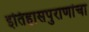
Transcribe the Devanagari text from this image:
इतिहासपुराणांचा